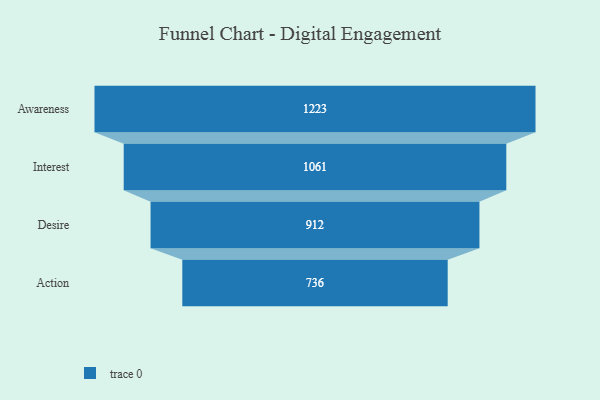
{"axis": {"x": "Stage", "y": "Value"}, "legend": [""], "data": [{"x": "Awareness", "y": 1223.0, "type": ""}, {"x": "Interest", "y": 1061.0, "type": ""}, {"x": "Desire", "y": 912.0, "type": ""}, {"x": "Action", "y": 736.0, "type": ""}]}